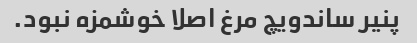
پنیر ساندویچ مرغ اصلا خوشمزه نبود.